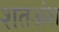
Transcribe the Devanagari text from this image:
शतअंश